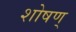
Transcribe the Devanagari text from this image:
शोषण्